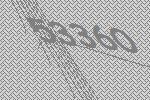
53360